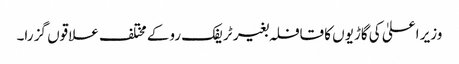
وزیر اعلیٰ کی گاڑیوں کا قافلہ بغیر ٹریفک روکے مختلف علاقوں گز را۔